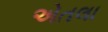
એતલા